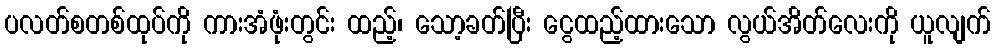
ပလတ်စတစ်ထုပ်ကို ကားအံဖုံးတွင်း ထည့်၊ သော့ခတ်ပြီး ငွေထည့်ထားသော လွယ်အိတ်လေးကို ယူလျက်